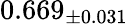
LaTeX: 0.669_{\pm 0.031}